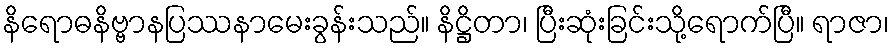
နိရောဓနိဗ္ဗာနပြဿနာမေးခွန်းသည်။ နိဋ္ဌိတာ၊ ပြီးဆုံးခြင်းသို့ရောက်ပြီ။ ရာဇာ၊